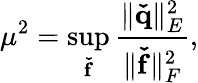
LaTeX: \mu^{2}=\operatorname*{sup}_{\mathbf{\check{f}}}\frac{\| \mathbf{\check{q}}\| _{E}^{2}}{\| \mathbf{\check{f}}\| _{F}^{2}},